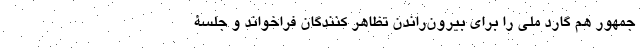
جمهور هم گارد ملی را برای بیرون‌راندن تظاهر کنندگان فراخواند و جلسۀ